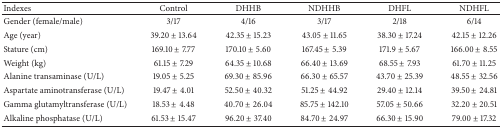
| Indexes | Control | DHHB | NDHHB | DHFL | NDHFL |
 | --- | --- | --- | --- | --- | --- |
 | Gender (female/male) | 3/17 | 4/16 | 3/17 | 2/18 | 6/14 |
 | Age (year) | 39.20 ± 13.64 | 42.35 ± 15.23 | 43.05 ± 11.65 | 38.30 ± 17.24 | 42.15 ± 12.26 |
 | Stature (cm) | 169.10 ± 7.77 | 170.10 ± 5.60 | 167.45 ± 5.39 | 171.9 ± 5.67 | 166.00 ± 8.55 |
 | Weight (kg) | 61.15 ± 7.29 | 64.35 ± 10.68 | 66.40 ± 13.69 | 68.55 ± 7.93 | 61.70 ± 11.25 |
 | Alanine transaminase (U/L) | 19.05 ± 5.25 | 69.30 ± 85.96 | 66.30 ± 65.57 | 43.70 ± 25.39 | 48.55 ± 32.56 |
 | Aspartate aminotransferase (U/L) | 19.47 ± 4.01 | 52.50 ± 40.32 | 51.25 ± 44.92 | 29.40 ± 12.14 | 39.50 ± 24.81 |
 | Gamma glutamyltransferase (U/L) | 18.53 ± 4.48 | 40.70 ± 26.04 | 85.75 ± 142.10 | 57.05 ± 50.66 | 32.20 ± 20.51 |
 | Alkaline phosphatase (U/L) | 61.53 ± 15.47 | 96.20 ± 37.40 | 84.70 ± 24.97 | 66.30 ± 15.90 | 79.00 ± 17.32 |